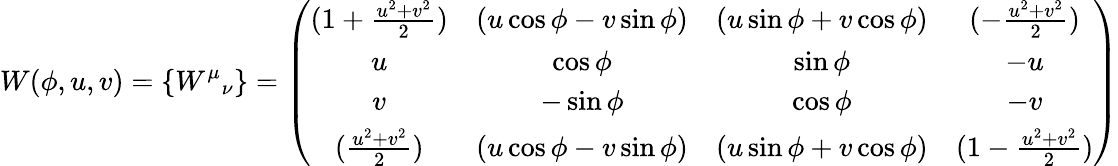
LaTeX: W(\phi,u,v)=\{ {W^{\mu}}_{\nu}\} =\left(\begin{array}{cccc}{{(1+\frac{u^{2}+v^{2}}{2})}}&{{(u\cos\phi-v\sin\phi)}}&{{(u\sin\phi+v\cos\phi)}}&{{(-\frac{u^{2}+v^{2}}{2})}}\\ {{u}}&{{\cos\phi}}&{{\sin\phi}}&{{-u}}\\ {{v}}&{{-\sin\phi}}&{{\cos\phi}}&{{-v}}\\ {{(\frac{u^{2}+v^{2}}{2})}}&{{(u\cos\phi-v\sin\phi)}}&{{(u\sin\phi+v\cos\phi)}}&{{(1-\frac{u^{2}+v^{2}}{2})}}\end{array}\right)